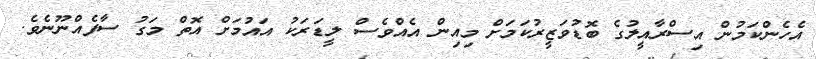
އެހެންކަމުން އިސްރާއީލުގެ ބޮޑުވަޒީރުކަމަށް މިއިން އެއްވެސް ލީޑަރަކު އައުމަށް އޮތް މަގު ސާފެއްނޫނެވެ.